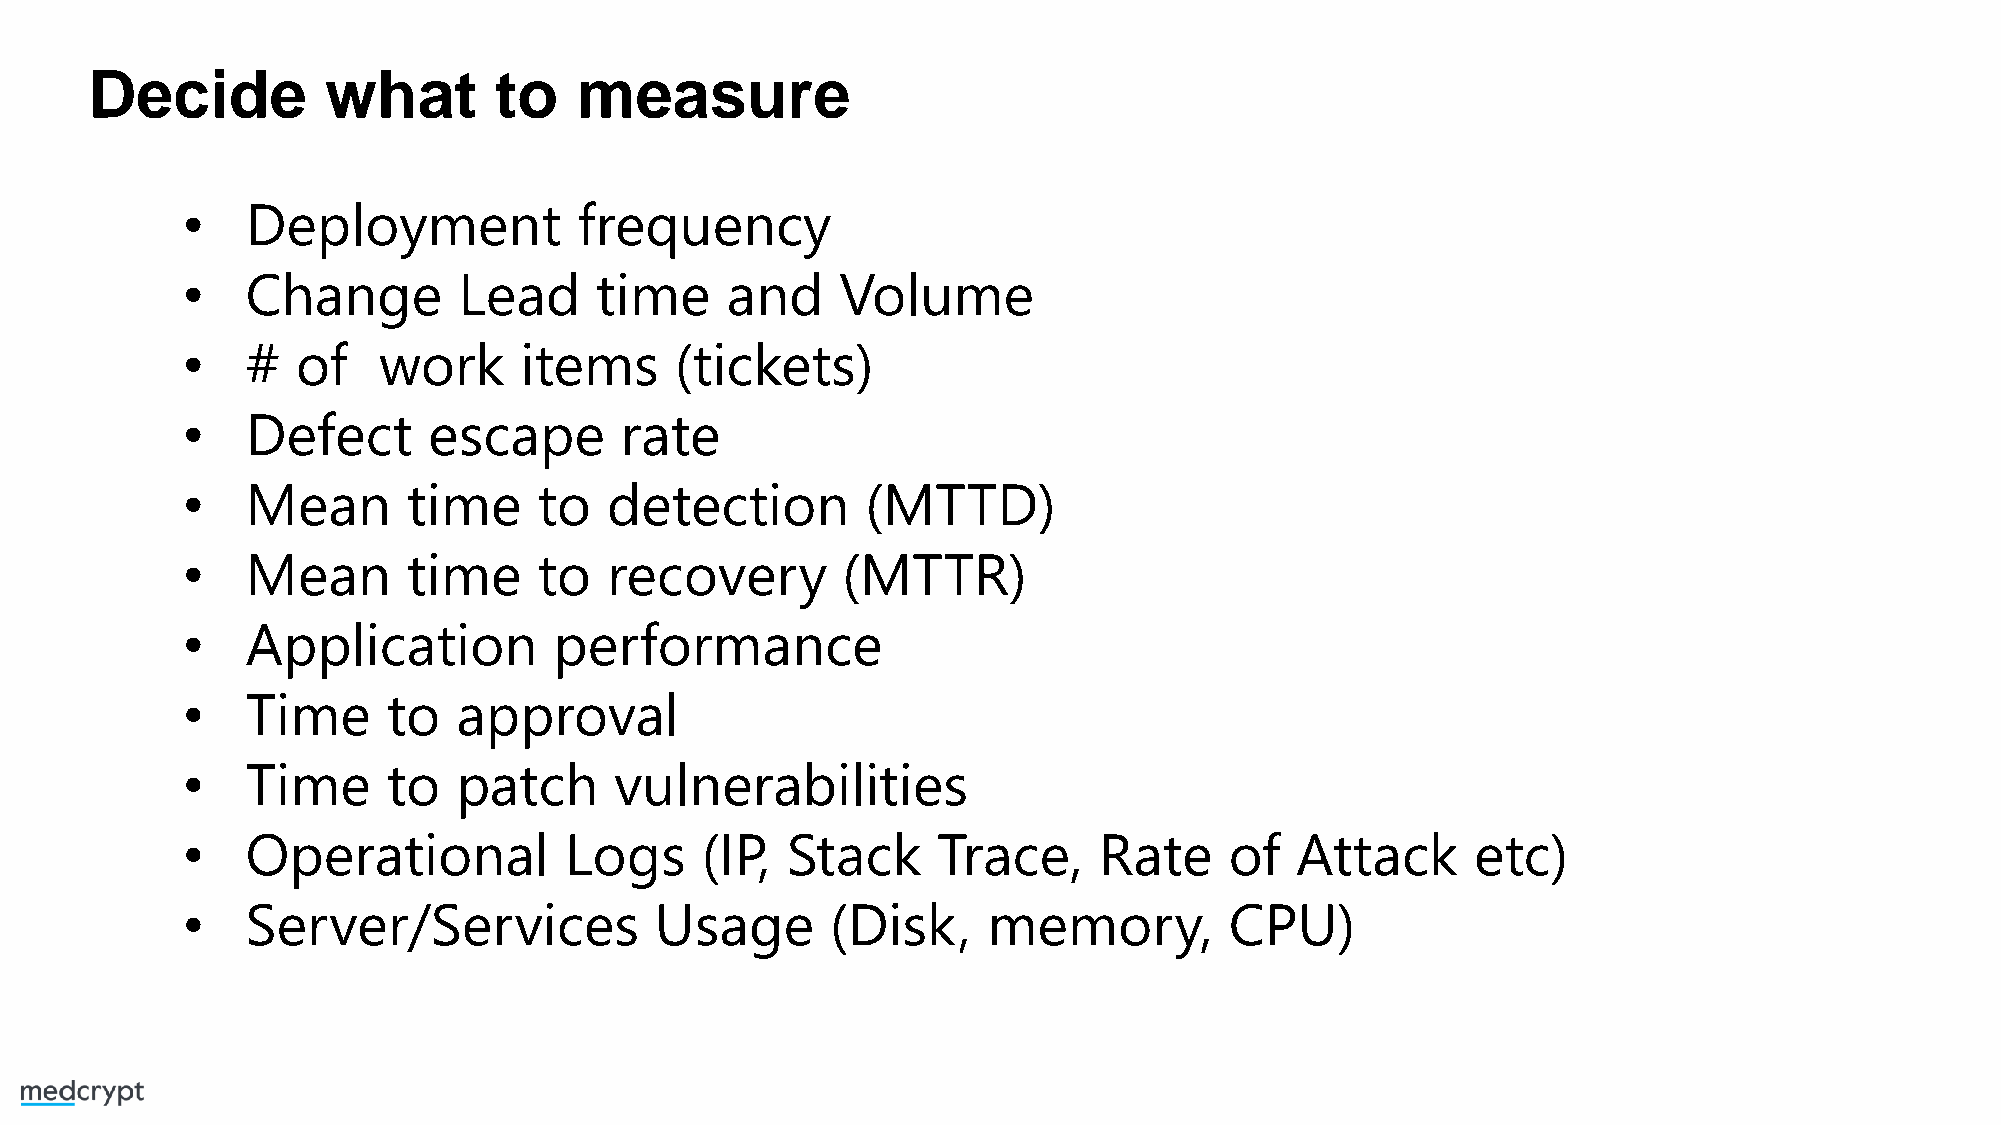
Decide         what        to   measure
 •   Deployment            frequency
 •   Change        Lead     time     and     Volume
 •   #   of   work     items      (tickets)
 •   Defect      escape       rate
 •   Mean       time     to  detection        (MTTD)
 •   Mean       time     to  recovery        (MTTR)
 •   Application          performance
 •   Time      to  approval
 •   Time      to  patch      vulnerabilities
 •   Operational          Logs     (IP,  Stack     Trace,     Rate    of   Attack      etc)
 •   Server/Services            Usage       (Disk,    memory,         CPU)